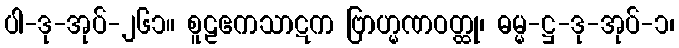
ပါ-ဒု-အုပ်-၂၆၁။ စူဠဧကသာဋက ဗြာဟ္မဏဝတ္ထု၊ ဓမ္မ-ဋ္ဌ-ဒု-အုပ်-၁၊